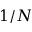
1 / N